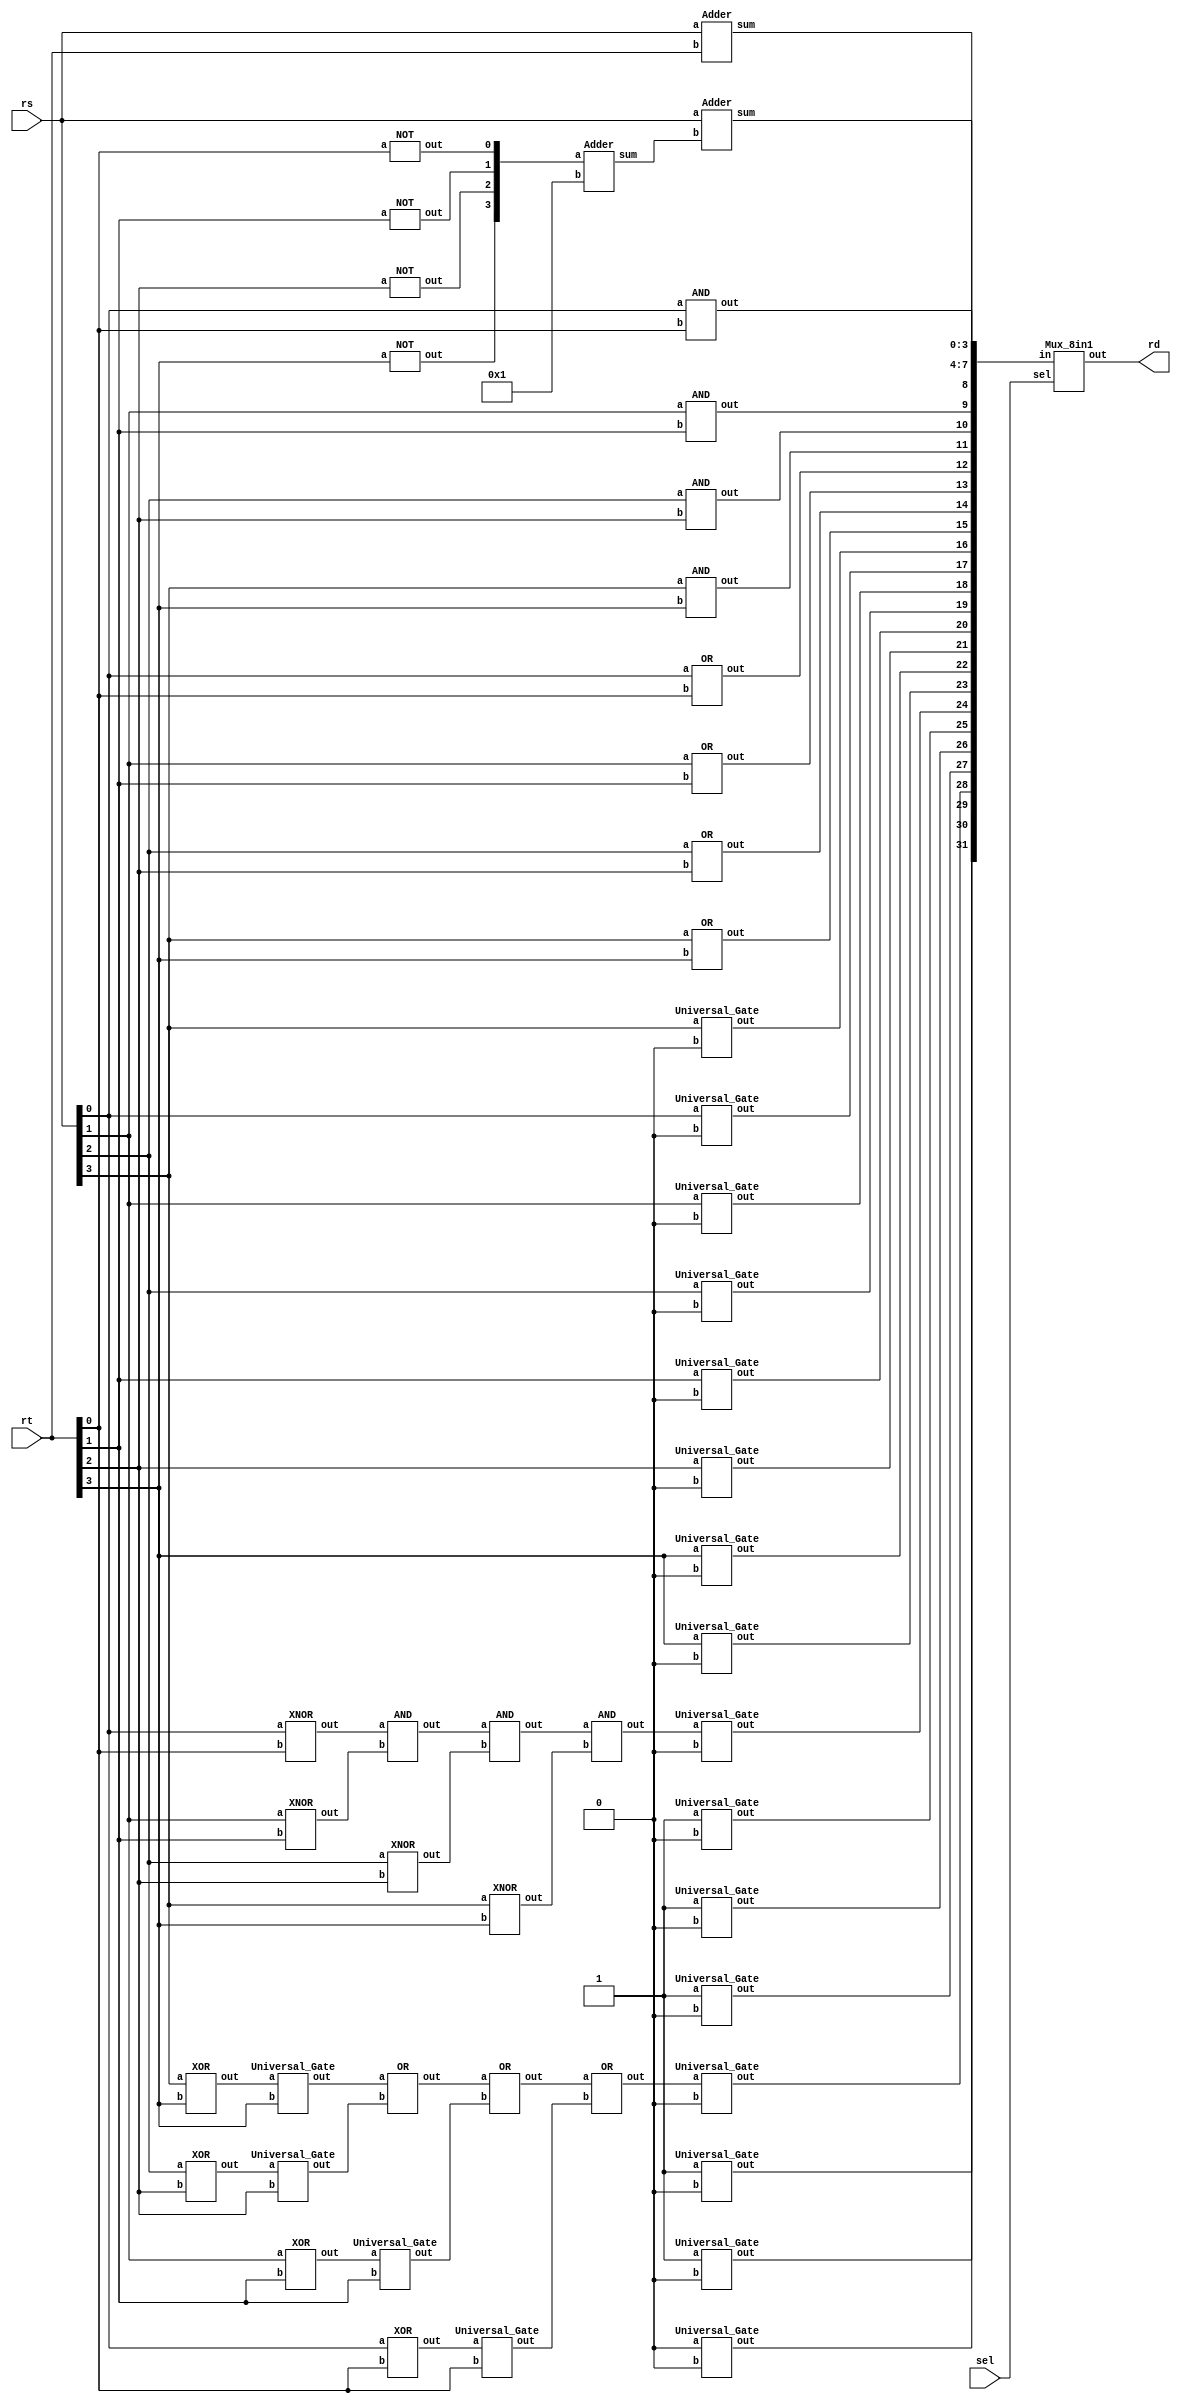
`timescale 1ns/1ps

module Decode_And_Execute(rs, rt, sel, rd);
input [3:0] rs, rt;
input [2:0] sel;
output [3:0] rd;
wire [32-1:0] mux_in;


// ----------- wire declaration ------------
//001
wire [3:0] nrt,newrt;
//110
wire [3:0] eq1;
wire eq2, eq3, s1;
//111
wire [3:0] gt1,rt_0;
wire o1,o2,o3;
wire s2;


//000 ADD
Adder add(.a(rs), .b(rt), .sum(mux_in[3:0]));
//001 SUB two's compliment
NOT not0[4-1:0](.out(nrt), .a(rt));
Adder complement(.a(nrt), .b(4'b0001), .sum(newrt));
Adder sub(.a(rs), .b(newrt), .sum(mux_in[7:4]));
//010 bitwise AND
AND bitwise_and[4-1:0](.out(mux_in[11:8]), .a(rs), .b(rt));
//011 bitwise OR
OR bitwise_or[4-1:0](.out(mux_in[15:12]), .a(rs), .b(rt));
//100 rs left shift
Universal_Gate link1[4-1:0](.out(mux_in[19:16]), .a({rs[2:0], rs[3]}), .b(1'b0));
//101 rt right shift
Universal_Gate link2[4-1:0](.out(mux_in[23:20]), .a({rt[3], rt[3:1]}), .b(1'b0));
//110 compare rs == rt//4 bit magnitude comparator
XNOR xnor1 [3:0] (.out(eq1), .a(rs), .b(rt));
AND and1(.out(eq2), .a(eq1[0]), .b(eq1[1]));
AND and2(.out(eq3), .a(eq2), .b(eq1[2]));
AND and3(.out(s1), .a(eq3), .b(eq1[3]));
Universal_Gate link_eq[3:0](.a({3'b111, s1}), .b(1'b0), .out(mux_in[27:24]));
//111 compare rs > rt//4 bit magnitude comparator
XOR xor1[3:0](.out(gt1), .a(rs), .b(rt));
Universal_Gate link_gt[3:0](.out(rt_0), .a(gt1), .b(rt));
OR or1(.out(o1), .a(rt_0[3]), .b(rt_0[2]));
OR or2(.out(o2), .a(o1), .b(rt_0[1]));
OR or3(.out(s2), .a(o2), .b(rt_0[0]));
Universal_Gate link_bg[3:0](.a({3'b101, s2}), .b(1'b0), .out(mux_in[31:28]));

// choose output
Mux_8in1 mux(.in(mux_in), .sel(sel), .out(rd));
endmodule


module Mux_8in1(in, sel, out);
input [3-1:0] sel;
input [32-1:0] in;
output [4-1:0] out;

wire [4-1:0] out1, out2, out3, out4, out5, out6, out7, out8;
wire [3-1:0] neg;
wire and1_out, and2_out, and4_out, and5_out, and7_out, and8_out, and10_out, and11_out;
wire and13_out, and14_out, and16_out, and17_out, and19_out, and20_out, and22_out, and23_out;
wire or1_out, or2_out, or3_out, or4_out, or5_out, or6_out;

// do negative select signal
NOT not0[3-1:0](neg, sel);

//000
AND and1(.out(and1_out), .a(neg[0]), .b(neg[1]));
AND and2(.out(and2_out), .a(and1_out), .b(neg[2]));
AND and3[4-1:0](.out(out1), .a(and2_out), .b(in[3:0]));
///001
AND and4(.out(and4_out), .a(sel[0]), .b(neg[1]));
AND and5(.out(and5_out), .a(and4_out), .b(neg[2]));
AND and6[4-1:0](.out(out2), .a(and5_out), .b(in[7:4]));
//010
AND and7(.out(and7_out), .a(neg[0]), .b(sel[1]));
AND and8(.out(and8_out), .a(and7_out), .b(neg[2]));
AND and9[4-1:0](.out(out3), .a(and8_out), .b(in[11:8]));
//011
AND and10(.out(and10_out), .a(sel[0]), .b(sel[1]));
AND and11(.out(and11_out), .a(and10_out), .b(neg[2]));
AND and12[4-1:0](.out(out4), .a(and11_out), .b(in[15:12]));
//100
AND and13(.out(and13_out), .a(neg[0]), .b(neg[1]));
AND and14(.out(and14_out), .a(and13_out), .b(sel[2]));
AND and15[4-1:0](.out(out5), .a(and14_out), .b(in[19:16]));
//101
AND and16(.out(and16_out), .a(sel[0]), .b(neg[1]));
AND and17(.out(and17_out), .a(and16_out), .b(sel[2]));
AND and18[4-1:0](.out(out6), .a(and17_out), .b(in[23:20]));
//110
AND and19(.out(and19_out), .a(neg[0]), .b(sel[1]));
AND and20(.out(and20_out), .a(and19_out), .b(sel[2]));
AND and21[4-1:0](.out(out7), .a(and20_out), .b(in[27:24]));
//111
AND and22(.out(and22_out), .a(sel[0]), .b(sel[1]));
AND and23(.out(and23_out), .a(and22_out), .b(sel[2]));
AND and24[4-1:0](.out(out8), .a(and23_out), .b(in[31:28]));

OR or1[4-1:0](or1_out, out1, out2);
OR or2[4-1:0](or2_out, or1_out, out3);
OR or3[4-1:0](or3_out, or2_out, out4);
OR or4[4-1:0](or4_out, or3_out, out5);
OR or5[4-1:0](or5_out, or4_out, out6);
OR or6[4-1:0](or6_out, or5_out, out7);
OR or7[4-1:0](out, or6_out, out8);
endmodule


module Universal_Gate(a, b, out); //implement of universal gate
input a, b;
output out;

wire negb;

not not1(negb, b);
and and1(out, a, negb);
endmodule


module NOT (out, a);
input a;
output out;
Universal_Gate notgate(.a(1'b1), .b(a), .out(out));
endmodule


module AND (out, a, b);
input a, b;
output out;
wire negb;
Universal_Gate not1(.a(1'b1), .b(b), .out(negb));
Universal_Gate and1(.a(a), .b(negb), .out(out));
endmodule


module OR (out, a, b);
input a, b;
output out;
wire nega, negab;

Universal_Gate not1(.a(1'b1), .b(a), .out(nega));
Universal_Gate and1(.a(nega), .b(b), .out(negab));
Universal_Gate not2(.a(1'b1), .b(negab), .out(out));
endmodule


module XNOR (out, a, b);
input a, b;
output out;
wire negab, negab2, aorb1;

Universal_Gate ab1(.out(negab), .a(a), .b(b));
Universal_Gate ab2(.out(negab2), .a(b), .b(a));
Universal_Gate not1(.out(aorb1), .a(1'b1), .b(negab));
Universal_Gate out1(.out(out), .a(aorb1), .b(negab2));

endmodule


module XOR (out, a, b);
input a, b;
output out;
wire axnorb;

XNOR xnor1(.out(axnorb), .a(a), .b(b));
Universal_Gate not1(.out(out), .a(1'b1), .b(axnorb));

endmodule


module Adder(a, b, sum);
input [3:0] a, b;
//output cout;
output [3:0] sum;

wire [3:0] c;

Full_Adder a0(.a(a[0]), .b(b[0]), .cin(1'b0), .cout(c[0]), .sum(sum[0]));
Full_Adder a1(.a(a[1]), .b(b[1]), .cin(c[0]), .cout(c[1]), .sum(sum[1]));
Full_Adder a2(.a(a[2]), .b(b[2]), .cin(c[1]), .cout(c[2]), .sum(sum[2]));
Full_Adder a3(.a(a[3]), .b(b[3]), .cin(c[2]), .cout(c[3]), .sum(sum[3]));
endmodule


module Full_Adder (a, b, cin, cout, sum);
input a, b, cin;
output cout, sum;

wire sum1;

XOR S1(.a(a), .b(b), .out(sum1));
XOR S2(.a(sum1), .b(cin), .out(sum));
Majority M(.a(a), .b(b), .c(cin), .out(cout));

endmodule


module Majority(a, b, c, out);
input a, b, c;
output out;

wire andab, andbc, andac, or1;

AND AB(.a(a), .b(b), .out(andab));
AND BC(.a(b), .b(c), .out(andbc));
AND AC(.a(a), .b(c), .out(andac));
OR orf(.a(andab), .b(andac), .out(or1));
OR orl(.a(or1), .b(andbc), .out(out));
endmodule